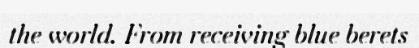
the world. From receiving blue berets